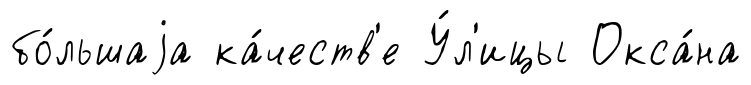
бо́льшаjа ка́честв'е У́л'ицы Окса́на